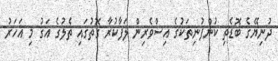
ދުނިޔޭގެ ބޮޑެތި ކުންފުނިތަކުގެ އިސްވެރިން ލަފާކުރާ ގޮތުގައި ތެލުގެ އަގު މި އަހަރު